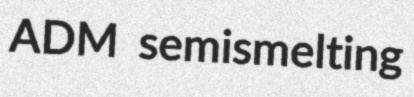
ADM semismelting